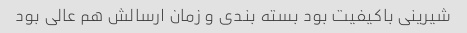
شیرینی باکیفیت بود بسته بندی و زمان ارسالش هم عالی بود